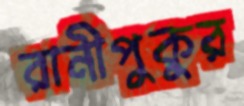
রানীপুকুর